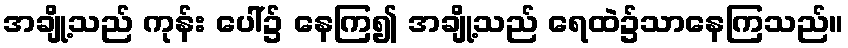
အချို့သည် ကုန်း ပေါ်၌ နေကြ၍ အချို့သည် ရေထဲ၌သာနေကြသည်။